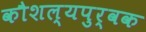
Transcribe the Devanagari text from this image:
कौशल्यपुर्वक